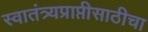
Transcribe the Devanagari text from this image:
स्वातंत्र्यप्राप्तीसाठीचा